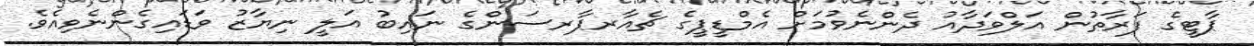
ޕާޓީގެ ފަރާތުން އަލްވަދާއު ދެންނެވުމަށް އެމްޑީޕީގެ ޗެއާރޕާރސަންގެ ނައިބު އަލީ ނިޔާޒު ވަޑައިގެންނެވިއެވެ.